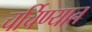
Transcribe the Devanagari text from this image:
चर्चिण्यात